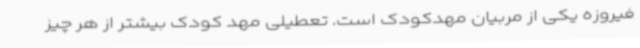
فیروزه یکی از مربیان مهدکودک است. تعطیلی مهد کودک بیشتر از هر چیز